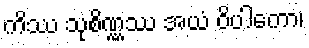
ကိဿ သုစိဏ္ဏဿ အယံ ဝိပါကော၊